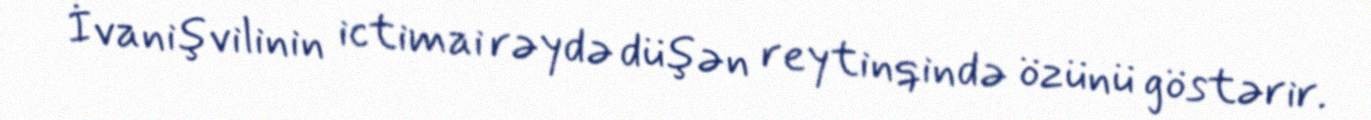
İvanişvilinin ictimai rəydə düşən reytinqində özünü göstərir.